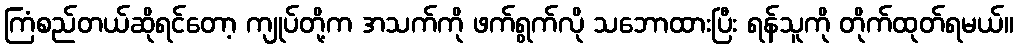
ကြံစည်တယ်ဆိုရင်တော့ ကျုပ်တို့က အသက်ကို ဖက်ရွက်လို သဘောထားပြီး ရန်သူကို တိုက်ထုတ်ရမယ်။